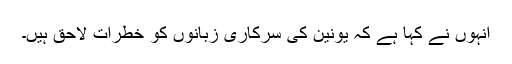
انہوں نے کہا ہے کہ یونین کی سرکاری زبانوں کو خطرات لاحق ہیں۔